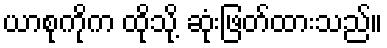
ယာစုကိုက ထိုသို့ ဆုံးဖြတ်ထားသည်။